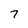
Character: 7